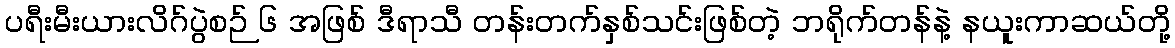
ပရီးမီးယားလိဂ်ပွဲစဉ် ၆ အဖြစ် ဒီရာသီ တန်းတက်နှစ်သင်းဖြစ်တဲ့ ဘရိုက်တန်နဲ့ နယူးကာဆယ်တို့